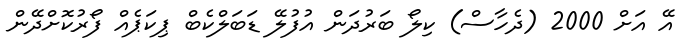
އޭ އަށް 2000 (ދެހާސް) ކިލޯ ބަރުދަން އުފުލޭ ޑަބަލްކެބް ޕިކަޕެއް ފޯރުކޮށްދޭން